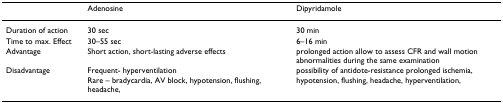
|  | Adenosine | Dipyridamole |
 | --- | --- | --- |
 | Duration of action | 30 sec | 30 min |
 | Time to max. Effect | 30–55 sec | 6–16 min |
 | Advantage | Short action, short-lasting adverse effects | prolonged action allow to assess CFR and wall motion abnormalities during the same examination |
 | Disadvantage | Frequent- hyperventilationRare – bradycardia, AV block, hypotension, flushing, headache, | possibility of antidote-resistance prolonged ischemia, hypotension, flushing, headache, hyperventilation, |